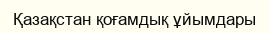
Қазақстан қоғамдық ұйымдары